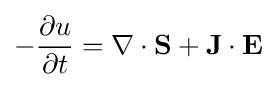
-{\frac {\partial u}{\partial t}}=\nabla \cdot \mathbf {S} +\mathbf {J} \cdot \mathbf {E}